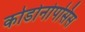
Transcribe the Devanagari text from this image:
कोडोनोपसिस